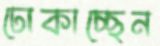
ঢোকাচ্ছেন